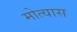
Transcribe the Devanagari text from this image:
मोत्यास